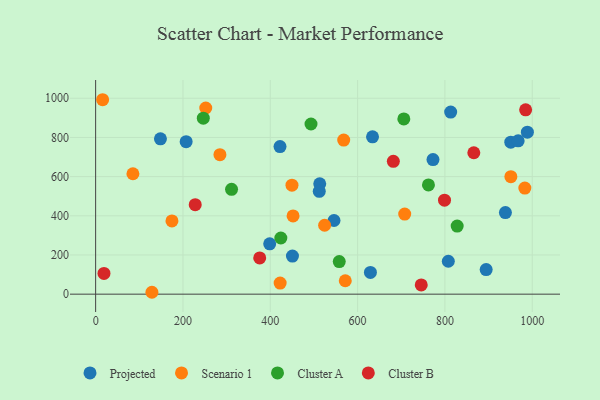
{"axis": {"x": "Speed", "y": "Fuel Efficiency"}, "legend": ["Cluster A", "Cluster B", "Projected", "Scenario 1"], "data": [{"x": "546.0", "y": 375.9, "type": "Projected"}, {"x": "807.8", "y": 168.0, "type": "Projected"}, {"x": "950.9", "y": 775.7, "type": "Projected"}, {"x": "450.8", "y": 194.5, "type": "Projected"}, {"x": "207.3", "y": 778.2, "type": "Projected"}, {"x": "513.3", "y": 563.2, "type": "Projected"}, {"x": "772.7", "y": 687.1, "type": "Projected"}, {"x": "988.9", "y": 826.7, "type": "Projected"}, {"x": "813.2", "y": 929.4, "type": "Projected"}, {"x": "894.5", "y": 125.5, "type": "Projected"}, {"x": "938.6", "y": 416.2, "type": "Projected"}, {"x": "512.2", "y": 524.9, "type": "Projected"}, {"x": "634.2", "y": 803.0, "type": "Projected"}, {"x": "148.4", "y": 792.9, "type": "Projected"}, {"x": "967.8", "y": 782.7, "type": "Projected"}, {"x": "629.4", "y": 110.8, "type": "Projected"}, {"x": "398.7", "y": 256.9, "type": "Projected"}, {"x": "422.3", "y": 753.4, "type": "Projected"}, {"x": "85.4", "y": 614.6, "type": "Scenario 1"}, {"x": "284.7", "y": 712.1, "type": "Scenario 1"}, {"x": "452.2", "y": 399.5, "type": "Scenario 1"}, {"x": "571.8", "y": 68.4, "type": "Scenario 1"}, {"x": "524.5", "y": 351.7, "type": "Scenario 1"}, {"x": "951.1", "y": 599.6, "type": "Scenario 1"}, {"x": "568.2", "y": 786.3, "type": "Scenario 1"}, {"x": "174.8", "y": 373.9, "type": "Scenario 1"}, {"x": "449.7", "y": 556.2, "type": "Scenario 1"}, {"x": "422.6", "y": 56.6, "type": "Scenario 1"}, {"x": "707.9", "y": 408.6, "type": "Scenario 1"}, {"x": "252.2", "y": 950.3, "type": "Scenario 1"}, {"x": "128.9", "y": 9.6, "type": "Scenario 1"}, {"x": "983.1", "y": 541.3, "type": "Scenario 1"}, {"x": "16.0", "y": 992.5, "type": "Scenario 1"}, {"x": "828.1", "y": 347.5, "type": "Cluster A"}, {"x": "705.9", "y": 894.5, "type": "Cluster A"}, {"x": "558.0", "y": 166.4, "type": "Cluster A"}, {"x": "311.3", "y": 535.2, "type": "Cluster A"}, {"x": "762.3", "y": 557.7, "type": "Cluster A"}, {"x": "493.3", "y": 868.6, "type": "Cluster A"}, {"x": "424.2", "y": 286.6, "type": "Cluster A"}, {"x": "246.6", "y": 898.5, "type": "Cluster A"}, {"x": "799.1", "y": 479.7, "type": "Cluster B"}, {"x": "866.2", "y": 721.9, "type": "Cluster B"}, {"x": "681.9", "y": 677.8, "type": "Cluster B"}, {"x": "984.9", "y": 940.9, "type": "Cluster B"}, {"x": "375.8", "y": 184.7, "type": "Cluster B"}, {"x": "745.8", "y": 47.0, "type": "Cluster B"}, {"x": "228.1", "y": 456.8, "type": "Cluster B"}, {"x": "19.1", "y": 105.9, "type": "Cluster B"}]}